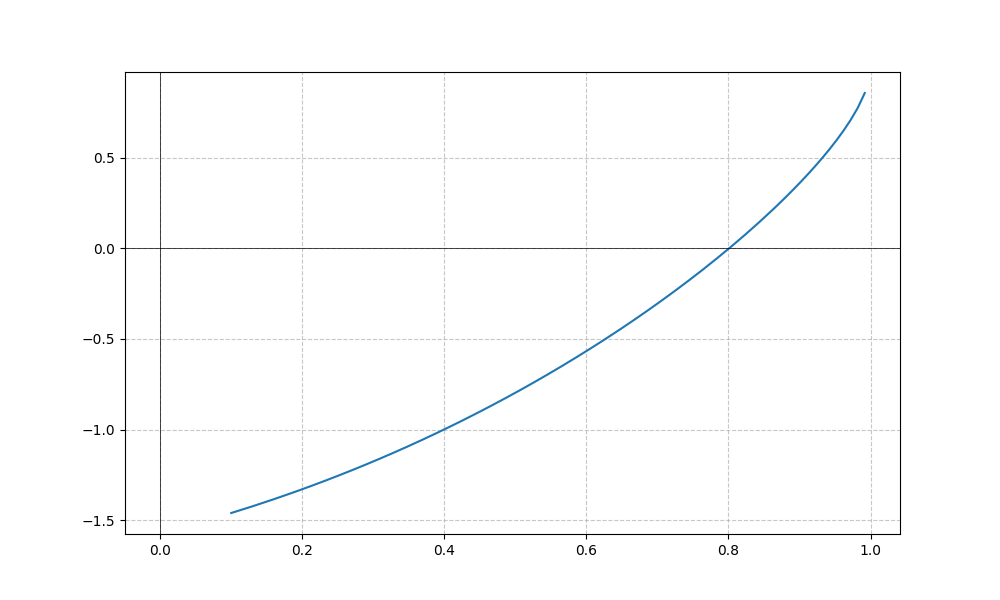
LaTeX formula: x^{2} - \operatorname{acos}{\left(x \right)}